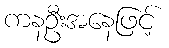
ကနဦးအနေဖြင့်